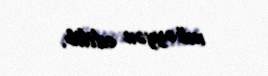
müəyyən edilib.